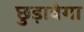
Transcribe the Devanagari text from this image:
छुड़ावेगा